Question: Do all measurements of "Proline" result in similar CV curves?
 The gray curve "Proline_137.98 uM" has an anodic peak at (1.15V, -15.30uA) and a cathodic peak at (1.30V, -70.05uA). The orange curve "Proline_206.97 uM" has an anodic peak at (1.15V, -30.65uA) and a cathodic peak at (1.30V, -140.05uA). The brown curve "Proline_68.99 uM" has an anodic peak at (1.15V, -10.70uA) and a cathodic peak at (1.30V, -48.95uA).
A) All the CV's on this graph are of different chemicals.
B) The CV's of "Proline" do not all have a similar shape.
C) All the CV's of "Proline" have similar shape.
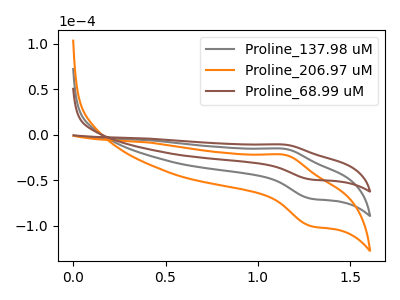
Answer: <think>All the peaks in "Proline_137.98 uM" have a peak in "Proline_206.97 uM" at the same potential. All the peaks in "Proline_137.98 uM" have a peak in "Proline_68.99 uM" at the same potential. All the peaks in "Proline_206.97 uM" have a peak in "Proline_68.99 uM" at the same potential.
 </think>
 <answer>C) All the CV's of "Proline" have similar shape.</answer>
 <eval>C</eval>